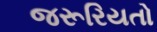
જરૂરિયતો